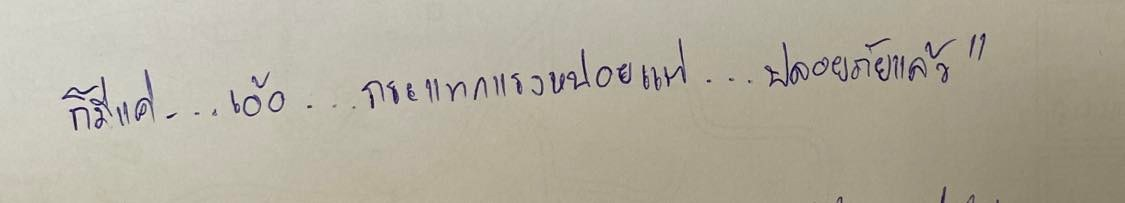
ก็มีแค่...เอ้อ...กระแทกแรงหน่อยแต่...ปลอดภัยแล้ว"